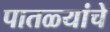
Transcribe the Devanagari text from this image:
पातळ्यांचे